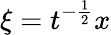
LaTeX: \xi=t^{-\frac{1}{2}}x